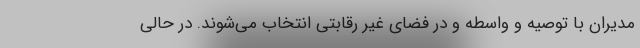
مدیران با توصیه و واسطه و در فضای غیر رقابتی انتخاب می‌شوند. در حالی